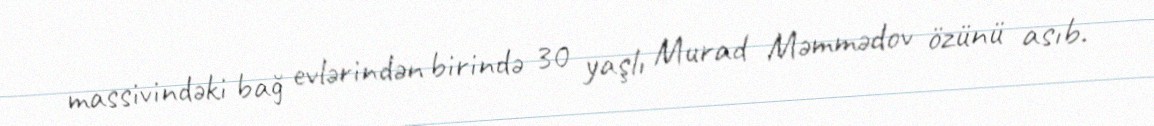
massivindəki bağ evlərindən birində 30 yaşlı Murad Məmmədov özünü asıb.